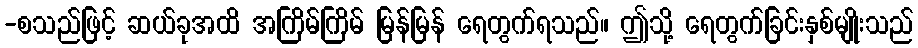
-စသည်ဖြင့် ဆယ်ခုအထိ အကြိမ်ကြိမ် မြန်မြန် ရေတွက်ရသည်။ ဤသို့ ရေတွက်ခြင်းနှစ်မျိုးသည်